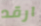
ارقد